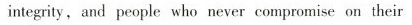
people ofintegrity ,and people who never compromise on their